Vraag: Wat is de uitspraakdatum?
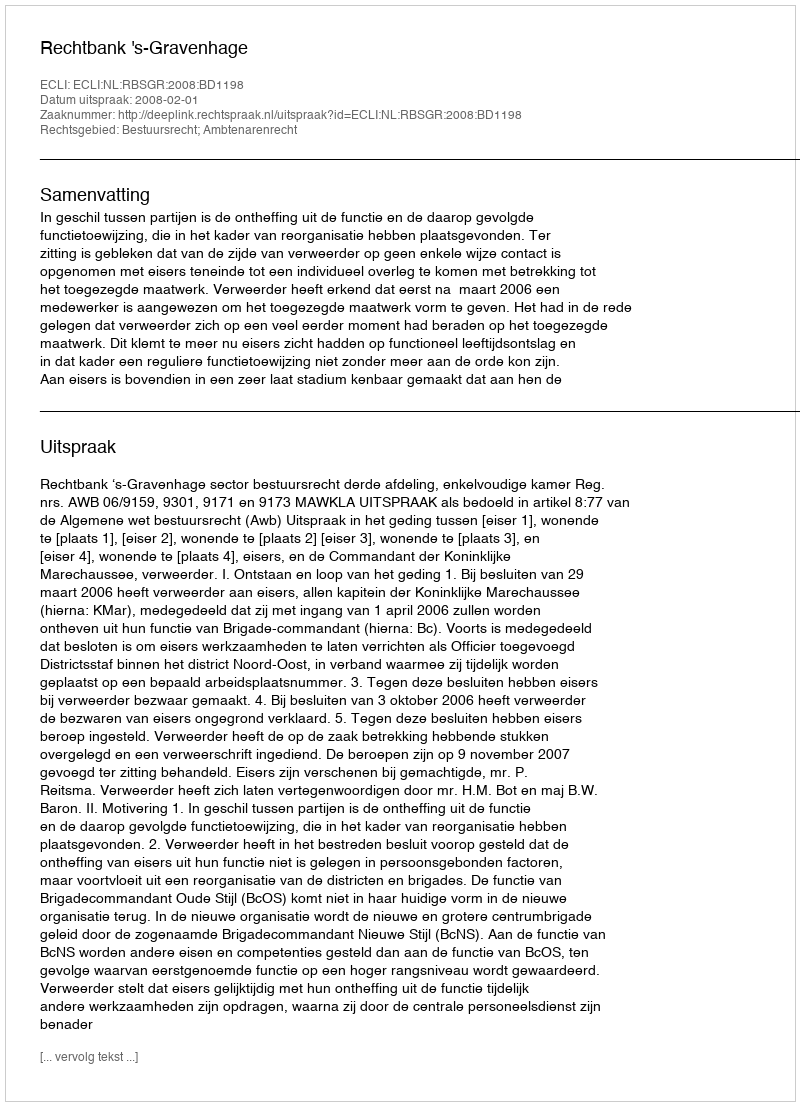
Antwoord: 2008-02-01